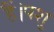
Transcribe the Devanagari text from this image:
हैं।पशु